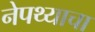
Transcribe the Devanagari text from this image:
नेपथ्याचा